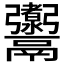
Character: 𩱰